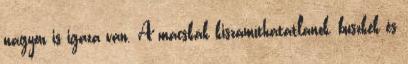
nagyon is igaza van. A macskák kiszámíthatatlanok, büszkék és